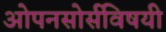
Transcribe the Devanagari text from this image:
ओपनसोर्सविषयी